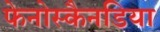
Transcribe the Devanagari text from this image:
फेनोस्कैनडिया